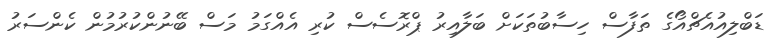
ޑަބްލިއުއެޗްއޯގެ ތަފާސް ހިސާބުތަކަށް ބަލާއިރު ޕްރޮސެސް ކުރި އެއްގަމު މަސް ބޭނުންކުރުމުން ކެންސަރު